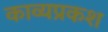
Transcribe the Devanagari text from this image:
काव्यप्रकश